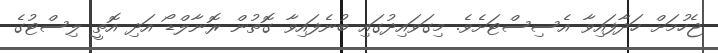
ޖެހުމަށް ހަދާފައިވާ އެސިސްޓަށެވެ. މިގަވައިދުގައި ބުނެފައިވާ ގޮތުން ރޮނާލްޑޯ އަދި އޮތީ ލިސްޓުގެ